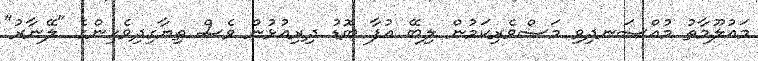
މައުލޫމާތު މުއްސަނދިވި މަސްވެރިކަމުން ލިބޭ އުފާ ބޮޑު ދިރިއުޅުން ވެސް ތިޔާގިދިވެހިންގެ "ލޭނާރު"